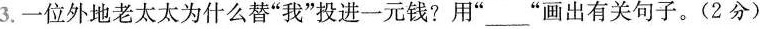
3.一位外地老太太为什么替”我”投进一元钱?用”_”画出有关句子。(2分)